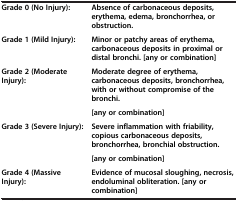
|  |  |
 | --- | --- |
 | Grade 0 (No Injury): | Absence of carbonaceous deposits, erythema, edema, bronchorrhea, or obstruction. |
 | Grade 1 (Mild Injury): | Minor or patchy areas of erythema, carbonaceous deposits in proximal or distal bronchi. [any or combination] |
 | <ROWSPAN=2> Grade 2 (Moderate Injury): | Moderate degree of erythema, carbonaceous deposits, bronchorrhea, with or without compromise of the bronchi. |
 | [any or combination] |
 | <ROWSPAN=2> Grade 3 (Severe Injury): | Severe inflammation with friability, copious carbonaceous deposits, bronchorrhea, bronchial obstruction. |
 | [any or combination] |
 | Grade 4 (Massive Injury): | Evidence of mucosal sloughing, necrosis, endoluminal obliteration. [any or combination] |